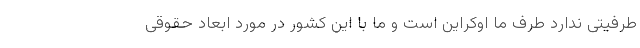
طرفیتی ندارد طرف ما اوکراین است و ما با این کشور در مورد ابعاد حقوقی